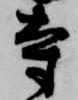
寺